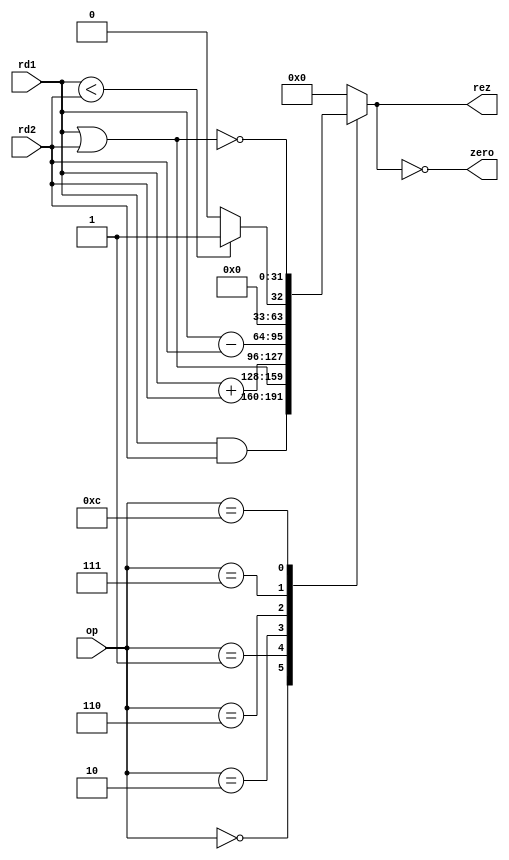
module ALU #(parameter SIZE = 32) (
    input [SIZE-1:0] rd1, 
    input [SIZE-1:0] rd2, 
    input [3:0] op, 
    output reg [SIZE-1:0] rez, 
    output zero
);
    always @(*) begin
        case (op)
            4'b0000: rez = rd1 & rd2;
            4'b0001: rez = rd1 | rd2;
            4'b0010: rez = rd1 + rd2;
            4'b0110: rez = rd1 - rd2;
            4'b0111: rez = (rd1 < rd2) ? 1 : 0;
            4'b1100: rez = ~(rd1 | rd2);
            default: rez = 0; 
        endcase
    end
       assign zero = (rez == 0);

endmodule